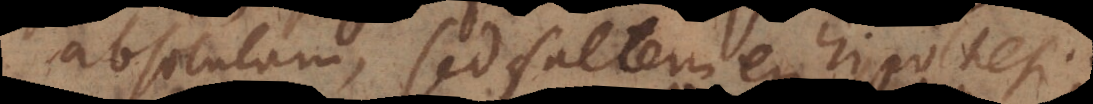
absolutam, sed saltem ex hypothe